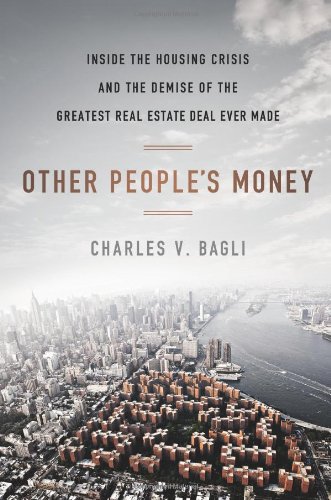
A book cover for Other People's Money: Inside the Housing Crisis and the Demise of the Greatest Real Estate Deal Ever M ade; Charles V. Bagli; Business & Money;